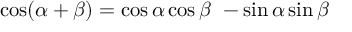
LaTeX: \cos ( \alpha + \beta ) = \cos \alpha \cos \beta \ - \sin \alpha \sin \beta